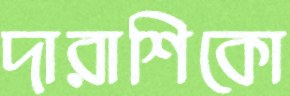
দারাশিকো